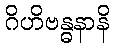
ဂိဟိဗန္ဓနာနိ